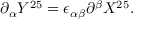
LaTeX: \partial _ { \alpha } Y ^ { 2 5 } = \epsilon _ { \alpha \beta } \partial ^ { \beta } X ^ { 2 5 } .